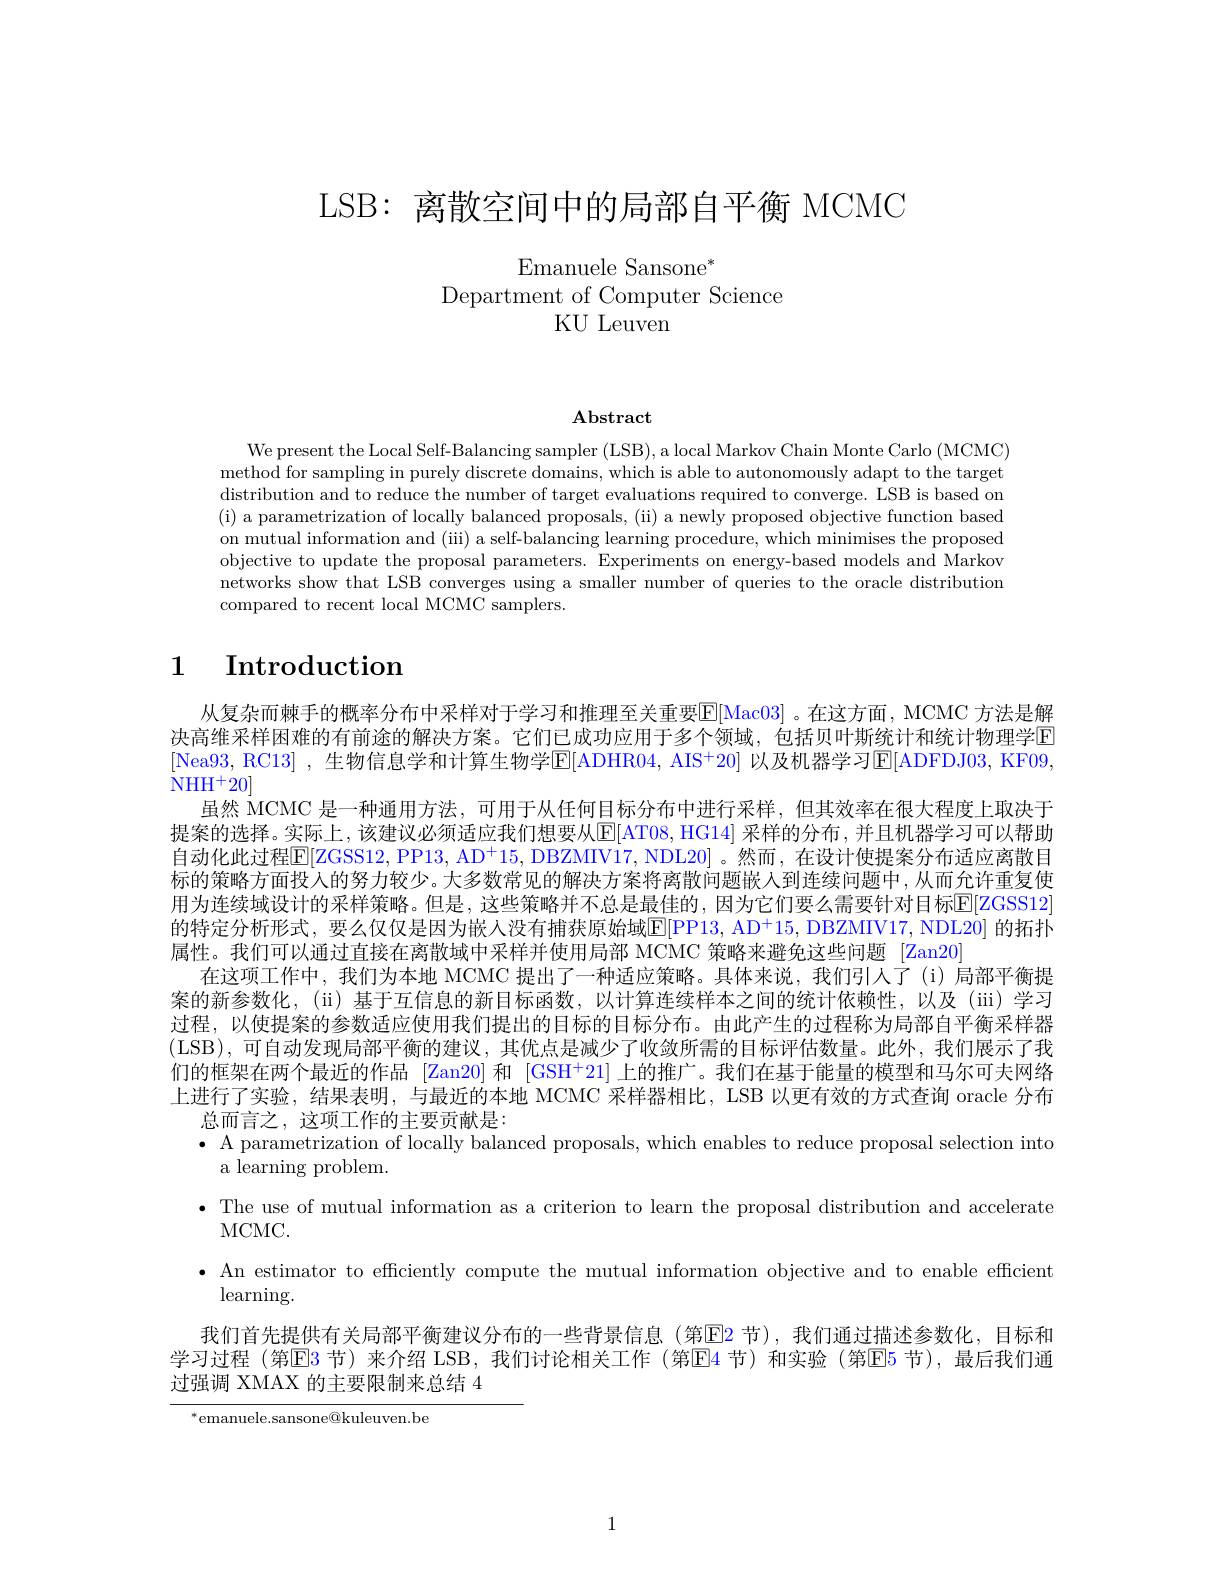
LSB: 离散空间中的局部自平衡 MCMC

Emanuele Sansone$^*$
Department of Computer Science
KU Leuven

$\mathbf{Abstract}$

We present the Local Self-Balancing sampler (LSB), a local Markov Chain Monte Carlo (MCMC) method for sampling in purely discrete domains, which is able to autonomously adapt to the target distribution and to reduce the number of target evaluations required to converge. LSB is based on (i) a parametrization of locally balanced proposals, (ii) a newly proposed objective function based on mutual information and (iii) a self-balancing learning procedure, which minimises the proposed objective to update the proposal parameters. Experiments on energy-based models and Markov networks show that LSB converges using a smaller number of queries to the oracle distribution compared to recent local MCMC samplers.

# 1 Introduction

从复杂而棘手的概率分布中采样对于学习和推理至关重要$\overline{\mathrm{E}}[$Mac03]。在这方面，MCMC 方法是解决高维采样困难的有前途的解决方案。它们已成功应用于多个领域，包括贝叶斯统计和统计物理学区[Nea93, RC13] , 生物信息学和计算生物学$\mathbb{E}[$ADHR04, AIS$^+20]$ 以及机器学习$\mathbb{E}[$ADFDJ03, KF09 NH$H^{+ }$20
虽然 MCMC 是一种通用方法，可用于从任何目标分布中进行采样，但其效率在很大程度上取决于提案的选择。实际上，该建议必须适应我们想要从E[AT08, HG14] 采样的分布，并且机器学习可以帮助自动化此过程$\mathbb{E}[$ZGSS12, PP13, AD$^+15$, DBZMIV17, NDL20] 。然而，在设计使提案分布适应离散目标的策略方面投入的努力较少。大多数常见的解决方案将离散问题嵌人到连续问题中，从而允许重复使用为连续域设计的采样策略。但是，这些策略并不总是最佳的，因为它们要么需要针对目标$\mathbb{E}[\mathbb{Z}$GSS12的特定分析形式，要么仅仅是因为嵌人没有捕获原始域$\overline{\mathrm{E}}[$PP13, AD+15, DBZMIV17, NDL20] 的拓扑属性。我们可以通过直接在离散域中采样并使用局部 MCMC 策略来避免这些问题 [Zan20]
在这项工作中，我们为本地 MCMC 提出了一种适应策略。具体来说，我们引人了(i)局部平衡提案的新参数化，(ii) 基于互信息的新目标函数，以计算连续样本之间的统计依赖性，以及(iii)学习过程，以使提案的参数适应使用我们提出的目标的目标分布。由此产生的过程称为局部自平衡采样器(LSB),可自动发现局部平衡的建议，其优点是减少了收敛所需的目标评估数量。此外，我们展示了我们的框架在两个最近的作品 [Zan20] 和 [GSH$^{+}$21] 上的推广。我们在基于能量的模型和马尔可夫网络上进行了实验，结果表明，与最近的本地 MCMC 采样器相比，LSB 以更有效的方式查询 oracle 分布
总而言之，这项工作的主要贡献是：
$\bullet$ A parametrization of locally balanced proposals, which enables to reduce proposal selection into
a learning problem.
· The use of mutual information as a criterion to learn the proposal distribution and accelerate
MCMC.
$\bullet$ An estimator to effciently compute the mutual information objective and to enable efficient
$\operatorname{learning}.$
我们首先提供有关局部平衡建议分布的一些背景信息(第☑2 节),我们通过描述参数化，目标和学习过程 (第E3 节) 来介绍 LSB, 我们讨论相关工作 (第E4 节) 和实验 (第E5 节),最后我们通过强调 XMAX 的主要限制来总结 4
$^{*}$emanuele.sansone@kuleuven.be